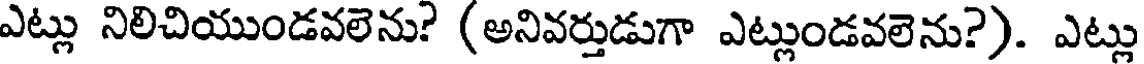
ఎట్లు నిలిచియుండవలెను? (అనివర్తుడుగా ఎట్లుండవలెను?). ఎట్లు